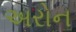
અરોન